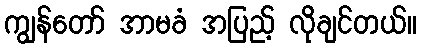
ကျွန်တော် အာမခံ အပြည့် လိုချင်တယ်။